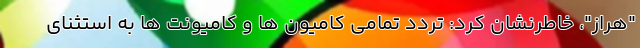
"هراز"، خاطرنشان کرد: تردد تمامی کامیون ها و کامیونت ها به استثنای